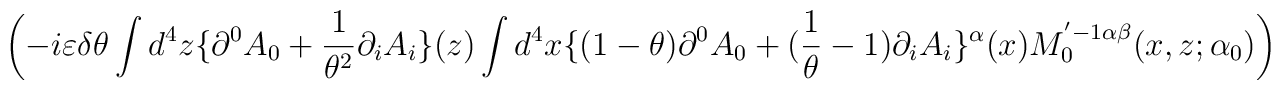
\left( -i\varepsilon \delta \theta \int d^{4}z\{\partial ^{0}A_{0}+\frac{1}{\theta ^{2}}\partial _{i}A_{i}\}(z)\int d^{4}x\{(1-\theta )\partial ^{0}A_{0}+(\frac{1}{\theta }-1)\partial _{i}A_{i}\}^{\alpha }(x)M_{0}^{'-1\alpha \beta }(x,z;\alpha _{0})\right)